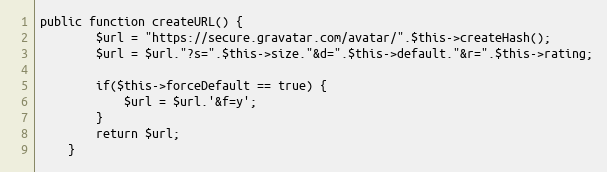
Language: PHP
public function createURL() {
		$url = "https://secure.gravatar.com/avatar/".$this->createHash();
		$url = $url."?s=".$this->size."&d=".$this->default."&r=".$this->rating;

		if($this->forceDefault == true) {
			$url = $url.'&f=y';
		}
		return $url;
	}